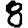
Digit: 8